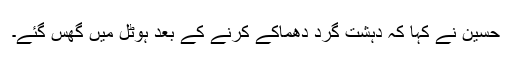
حسین نے کہا کہ دہشت گرد دھماکے کرنے کے بعد ہوٹل میں گھس گئے۔